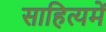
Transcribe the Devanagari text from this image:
साहित्यमें